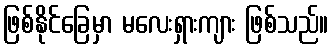
ဖြစ်နိုင်ခြေမှာ မလေးရှားကျား ဖြစ်သည်။